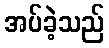
အပ်ခဲ့သည်